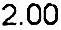
2.00